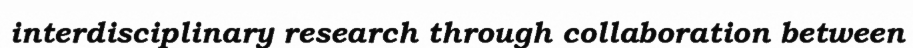
interdisciplinary research through collaboration between